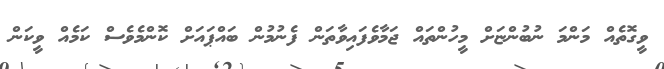
ވީގޮތެއް މަންމަ ނުބުންޏަށް މީހުންތައް ޖަމާވެފައިވާތަން ފެނުމުން ބައްޕައަށް ކޮންމެވެސް ކަމެއް ވީކަން